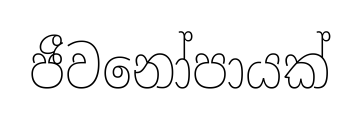
ජීවනෝපායක්